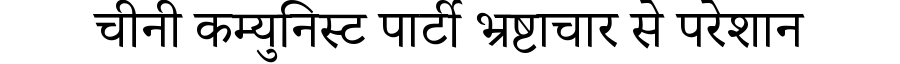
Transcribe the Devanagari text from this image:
चीनी कम्युनिस्ट पार्टी भ्रष्टाचार से परेशान